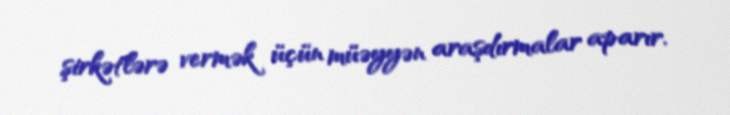
şirkətlərə vermək üçün müəyyən araşdırmalar aparır.